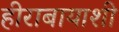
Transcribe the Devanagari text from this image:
हीराबायाशी